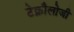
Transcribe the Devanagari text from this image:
टेक्नौलोजी